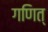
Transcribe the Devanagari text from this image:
गणित्